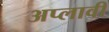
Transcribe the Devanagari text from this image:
अप्लावी